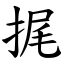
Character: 捤